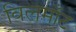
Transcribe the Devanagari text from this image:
विलमाँट